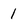
Character: 1